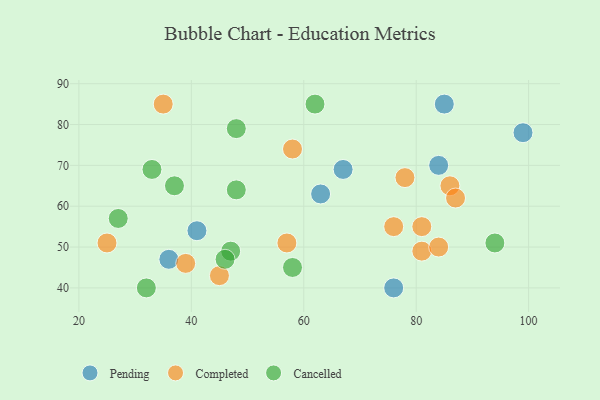
{"axis": {"x": "GDP", "y": "Life Expectancy"}, "legend": ["Cancelled", "Completed", "Pending"], "data": [{"x": "99", "y": 78, "type": "Pending"}, {"x": "36", "y": 47, "type": "Pending"}, {"x": "67", "y": 69, "type": "Pending"}, {"x": "76", "y": 40, "type": "Pending"}, {"x": "85", "y": 85, "type": "Pending"}, {"x": "84", "y": 70, "type": "Pending"}, {"x": "41", "y": 54, "type": "Pending"}, {"x": "63", "y": 63, "type": "Pending"}, {"x": "57", "y": 51, "type": "Completed"}, {"x": "76", "y": 55, "type": "Completed"}, {"x": "58", "y": 74, "type": "Completed"}, {"x": "78", "y": 67, "type": "Completed"}, {"x": "25", "y": 51, "type": "Completed"}, {"x": "45", "y": 43, "type": "Completed"}, {"x": "81", "y": 49, "type": "Completed"}, {"x": "39", "y": 46, "type": "Completed"}, {"x": "86", "y": 65, "type": "Completed"}, {"x": "81", "y": 55, "type": "Completed"}, {"x": "84", "y": 50, "type": "Completed"}, {"x": "87", "y": 62, "type": "Completed"}, {"x": "35", "y": 85, "type": "Completed"}, {"x": "37", "y": 65, "type": "Cancelled"}, {"x": "58", "y": 45, "type": "Cancelled"}, {"x": "94", "y": 51, "type": "Cancelled"}, {"x": "48", "y": 64, "type": "Cancelled"}, {"x": "27", "y": 57, "type": "Cancelled"}, {"x": "32", "y": 40, "type": "Cancelled"}, {"x": "48", "y": 79, "type": "Cancelled"}, {"x": "62", "y": 85, "type": "Cancelled"}, {"x": "33", "y": 69, "type": "Cancelled"}, {"x": "47", "y": 49, "type": "Cancelled"}, {"x": "46", "y": 47, "type": "Cancelled"}]}